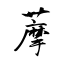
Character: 藦